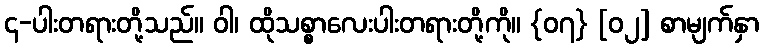
၄-ပါးတရားတို့သည်။ ဝါ၊ ထိုသစ္စာလေးပါးတရားတို့ကို။ {၀၇} [၀၂] စာမျက်နှာ